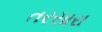
તરસારા